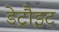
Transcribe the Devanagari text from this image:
डेट्रौइट